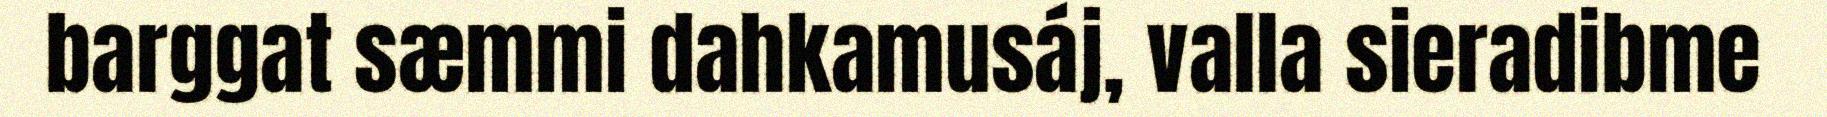
barggat sæmmi dahkamusáj, valla sieradibme